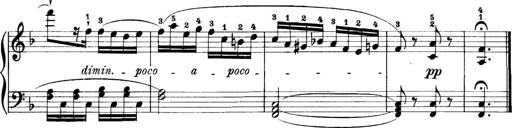
Title: 11 Sonatinas
Composer: Anton Diabelli